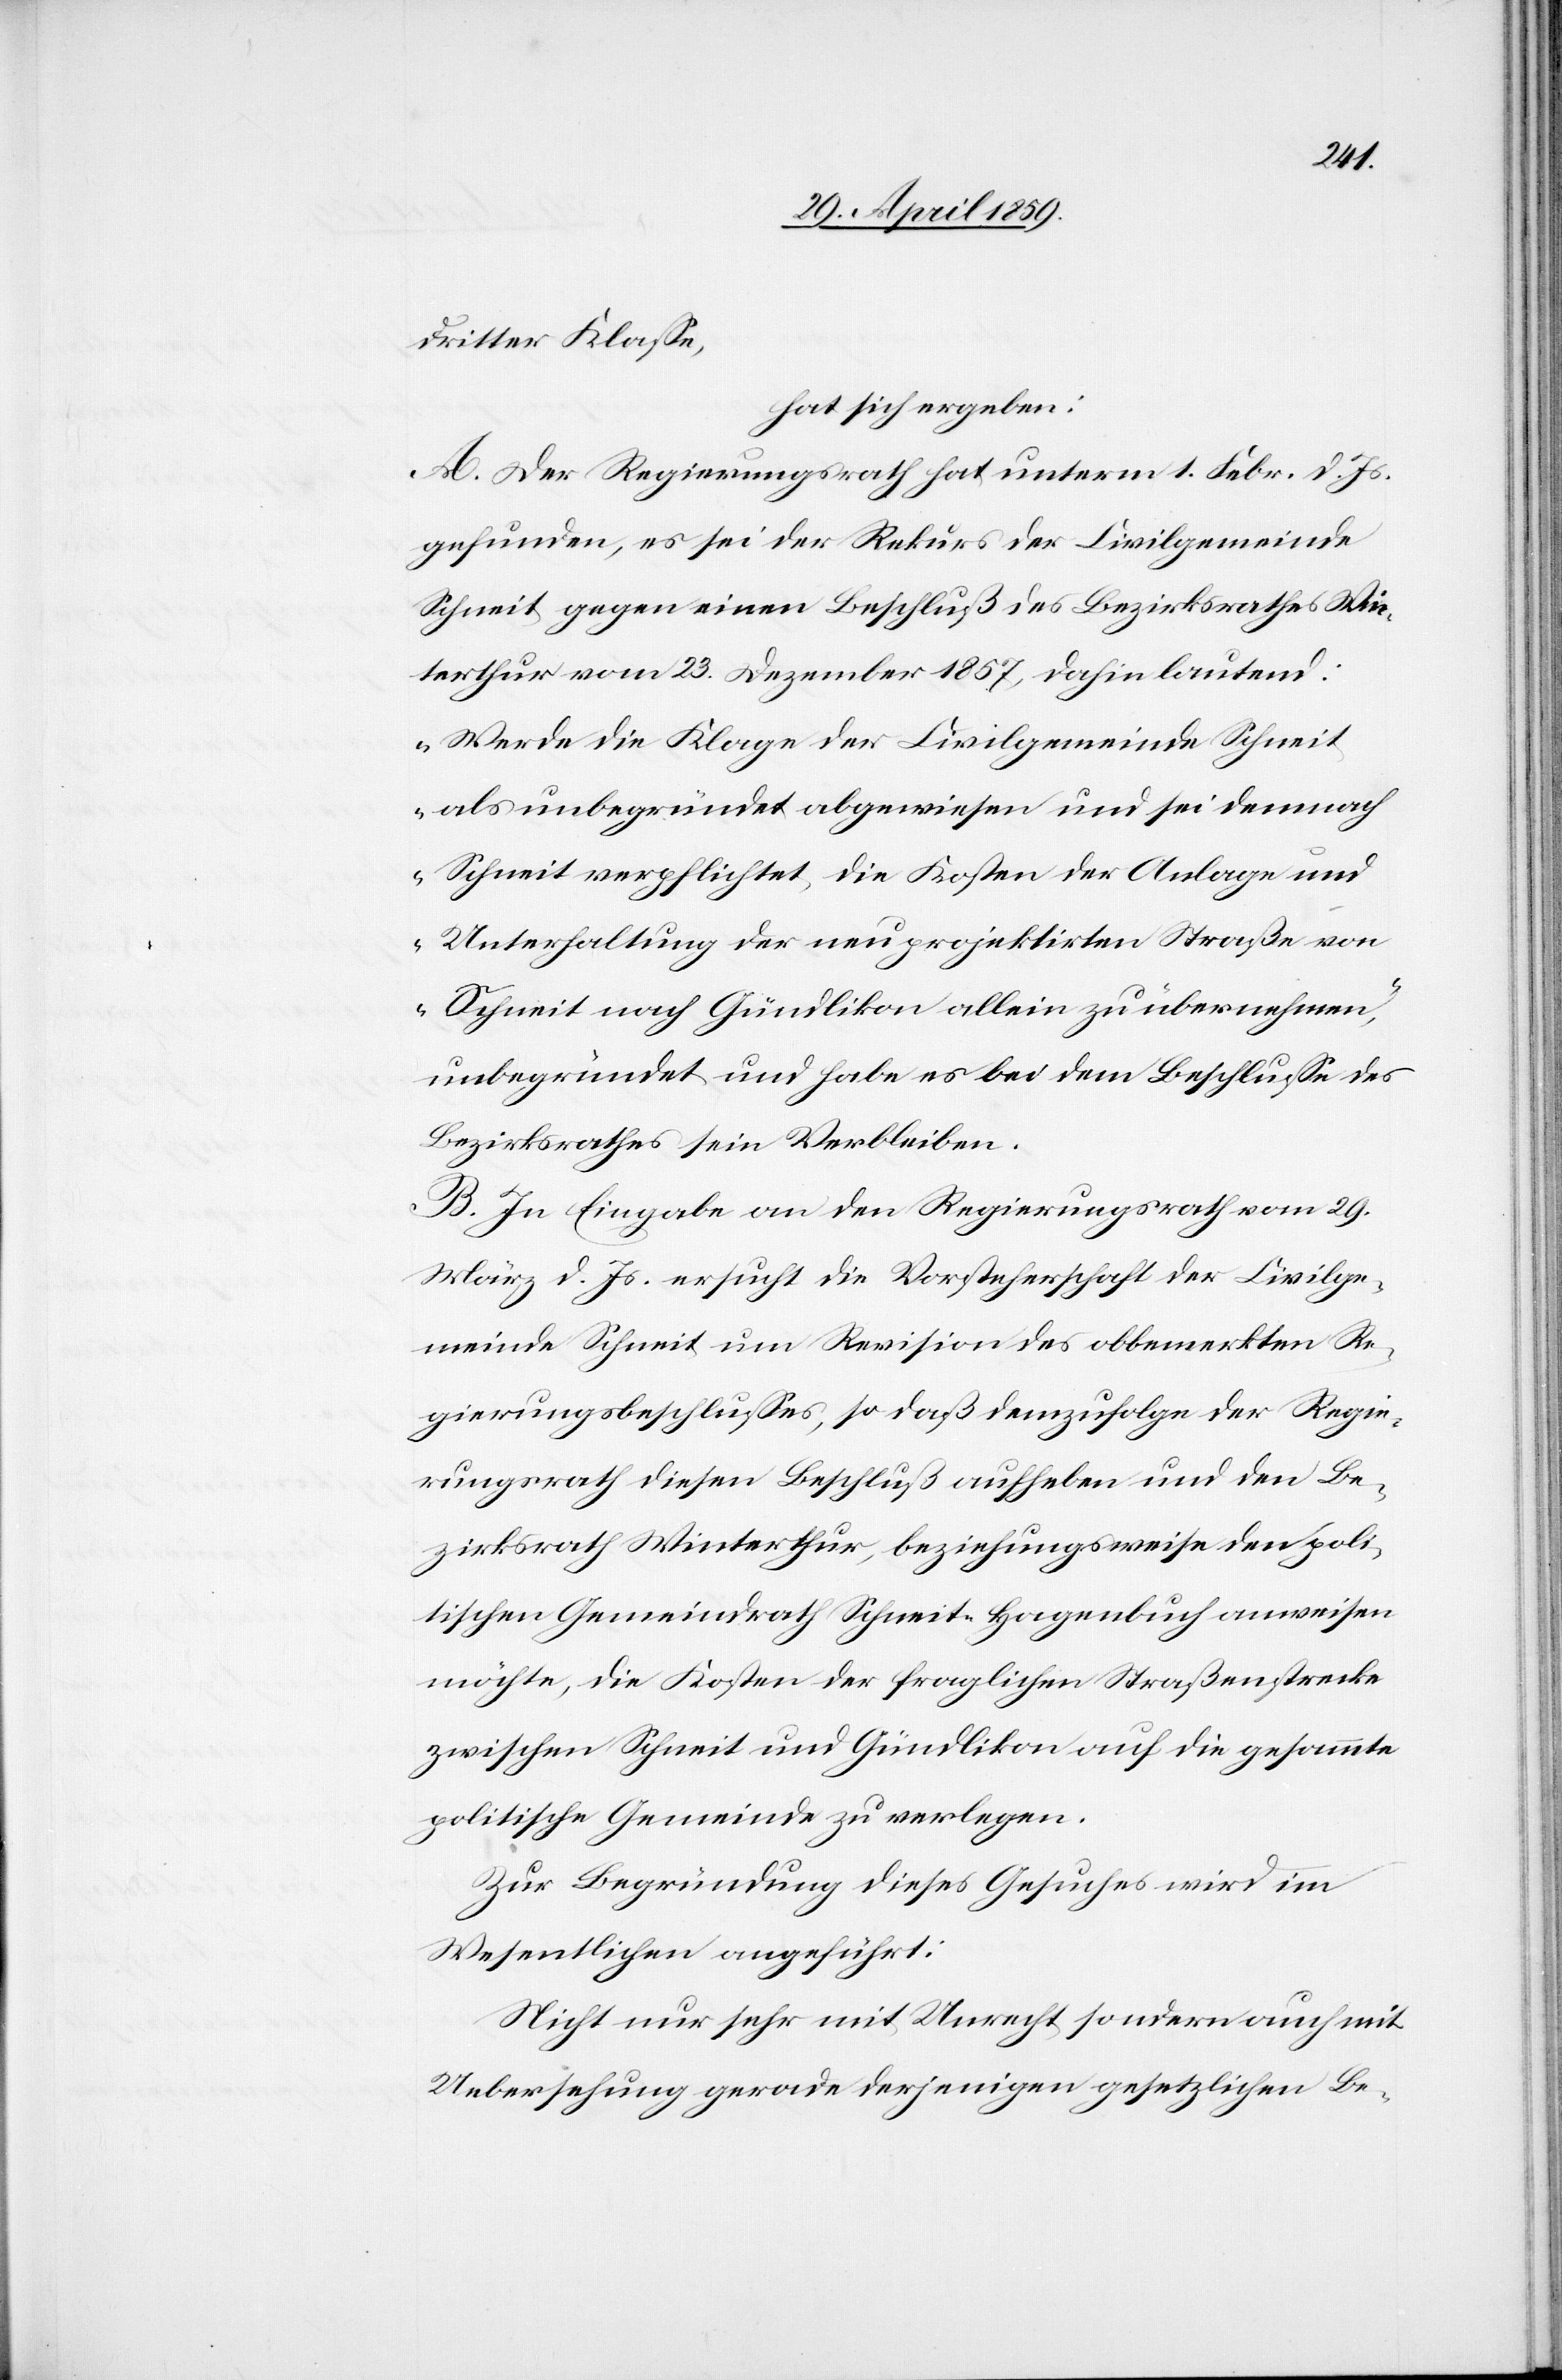
dritter Klaße,
hat sich ergeben:
A. Der Regierungsrath hat unterm 1. Febr. d. Js.
gefunden, es sei der Rekurs der Civilgemeinde
Schneit gegen einen Beschluß des Bezirksrathes Win¬
terthur vom 23. Dezember 1857, dahin lautend:
„Werde die Klage der Civilgemeinde Schneit
als unbegründet abgewiesen und sei demnach
Schneit verpflichtet, die Kosten der Anlage und
Unterhaltung der neu projektirten Straße von
Schneit nach Gündlikon allein zu übernehmen“,
unbegründet und habe es bei dem Beschluße des
Bezirksrathes sein Verbleiben.
B. In Eingabe an den Regierungsrath vom 29.
März d. Js. ersucht die Vorsteherschaft der Civilge¬
meinde Schneit um Revision des obbemerkten Re¬
gierungsbeschlußes, so daß demzufolge der Regie¬
rungsrath diesen Beschluß aufheben und den Be¬
zirksrath Winterthur, beziehungsweise den poli¬
tischen Gemeindrath Schneit-Hagenbuch anweisen
möchte, die Kosten der fraglichen Straßenstrecke
zwischen Schneit und Gündlikon auf die gesammte
politische Gemeinde zu verlegen.
Zur Begründung dieses Gesuches wird im
Wesentlichen angeführt:
Nicht nur sehr mit Unrecht sondern auch mit
Uebersehung gerade derjenigen gesetzlichen Be-